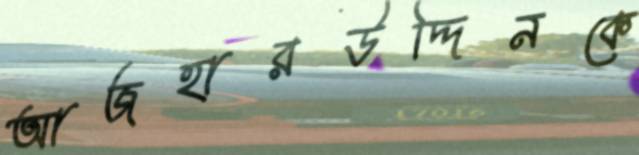
আজহারউদ্দিনকে